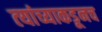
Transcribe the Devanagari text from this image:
त्‍यांच्याकडूनच